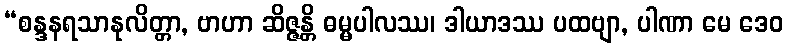
“စန္ဒနရသာနုလိတ္တာ, ဗာဟာ ဆိဇ္ဇန္တိ ဓမ္မပါလဿ၊ ဒါယာဒဿ ပထဗျာ, ပါဏာ မေ ဒေဝ